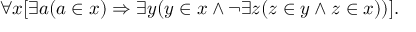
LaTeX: \forall x [ \exists a ( a \in x ) \Rightarrow \exists y ( y \in x \land \lnot \exists z ( z \in y \land z \in x ) ) ] .